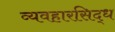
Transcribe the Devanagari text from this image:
व्यवहारसिद्ध